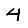
Digit: 4